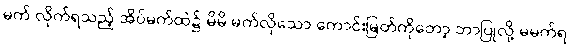
မက် လိုက်ရသည့် အိပ်မက်ထဲ၌ မိမိ မက်လိုသော ကောင်းမြတ်ကိုတော့ ဘာပြုလို့ မမက်ရ